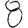
Digit: 8